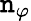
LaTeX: \mathtt{n}_{\varphi}